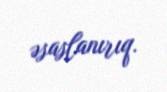
əsaslanırıq.